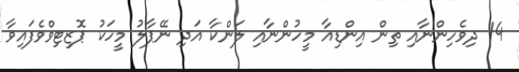
14 ދިވެހިންނާއި ތިން އިންޑިއާ މީހުންނާއި ލަންކާ އަދި ނޭޕާލު މީހަކު ޕޮޒިޓިވްވެފައިވާ